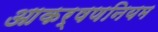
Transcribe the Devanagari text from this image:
आकर्षणनियम